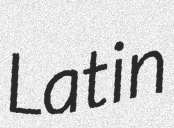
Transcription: Latin